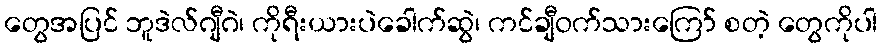
တွေအပြင် ဘူဒဲလ်ဂျီဂဲ၊ ကိုရီးယားပဲခေါက်ဆွဲ၊ ကင်ချီဝက်သားကြော် စတဲ့ တွေကိုပါ